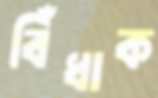
বিঁধাক